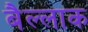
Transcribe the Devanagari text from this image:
बैल्लाक